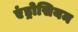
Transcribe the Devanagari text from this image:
एंड्रोसियम